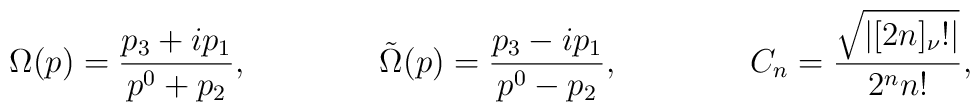
\Omega(p)=\frac{p_3+ip_1}{p^0+p_2},\qquad\qquad \tilde\Omega(p)=\frac{p_3-ip_1}{p^0-p_2},\qquad\qquad C_n=\frac{\sqrt{|[2n]_\nu!|}}{2^nn!},